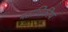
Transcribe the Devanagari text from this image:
मताधिकीय